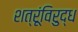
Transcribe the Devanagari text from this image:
शत्रूंविरुद्ध